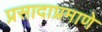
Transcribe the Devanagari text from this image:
प्रसादाप्रमाणे